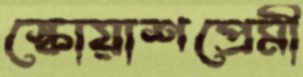
স্কোয়াশপ্রেমী